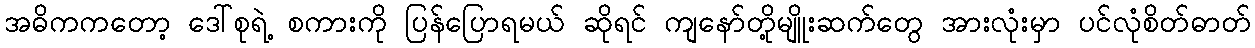
အဓိကကတော့ ဒေါ်စုရဲ့ စကားကို ပြန်ပြောရမယ် ဆိုရင် ကျနော်တို့မျိူးဆက်တွေ အားလုံးမှာ ပင်လုံစိတ်ဓာတ်